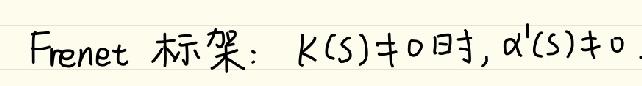
Frenet 标架：$k(s)\neq0$时, $\alpha'(s)\neq0$.